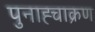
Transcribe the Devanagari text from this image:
पुनाह्चाक्रण